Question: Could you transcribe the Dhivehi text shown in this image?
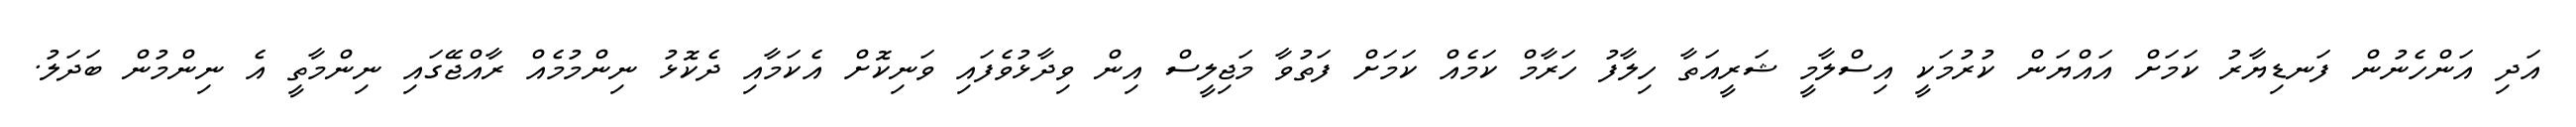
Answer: އަދި އަންހެނުން ފަނޑިޔާރު ކަމަށް އައްޔަން ކުރުމަކީ އިސްލާމީ ޝަރީއަތާ ހިލާފު ހަރާމް ކަމެއް ކަމަށް ފަތުވާ މަޖިލީސް އިން ވިދާޅުވެފައި ވަނިކޮށް އެކަމާއި ދެކޮޅު ނިންމުމެއް ރާއްޖޭގައި ނިންމާތީ އެ ނިންމުން ބަދަލު.